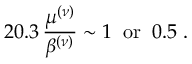
2 0 . 3 \, \frac { \mu ^ { ( \nu ) } } { \beta ^ { ( \nu ) } } \sim 1 \; \; \mathrm { o r } \; \; 0 . 5 \; .